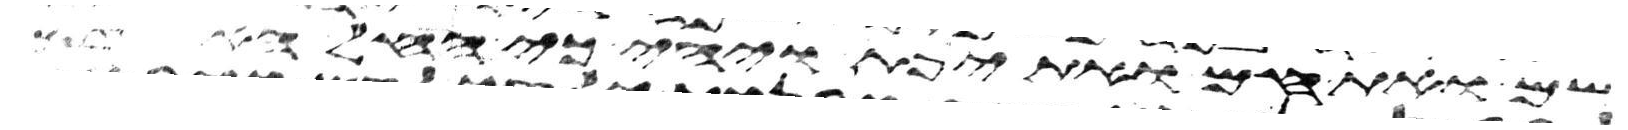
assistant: שם ואת חם ואת יפת ויהי כי החל האדם